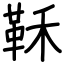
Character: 鞂